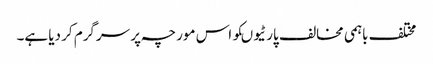
مختلف باہمی مخالف پارٹیوںکو اس مورچہ پر سرگرم کر دیا ہے۔